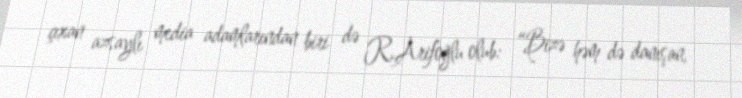
çıxan azsaylı media adamlarından biri də R.Arifoğlu olub: “Bizə həm də danışan,